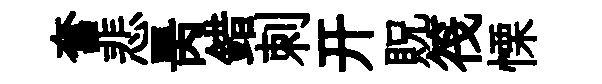
奮悲昺錯刺开貺筏慄